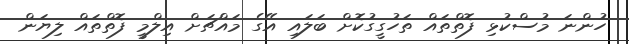
ހުންނަ މުސްކުޅި ފޮތްތައް ތަހުގީގުކޮށް ބަލައި އޭގެ މައްޗަށް އިލްމީ ފޮތްތައް ލިޔަން